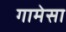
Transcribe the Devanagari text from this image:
गामेसा